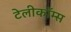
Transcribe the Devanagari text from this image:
टेलीकॉम्स